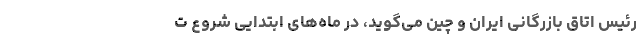
رئیس اتاق بازرگانی ایران و چین می‌گوید، در ماه‌های ابتدایی شروع ت